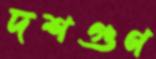
দশগুণ